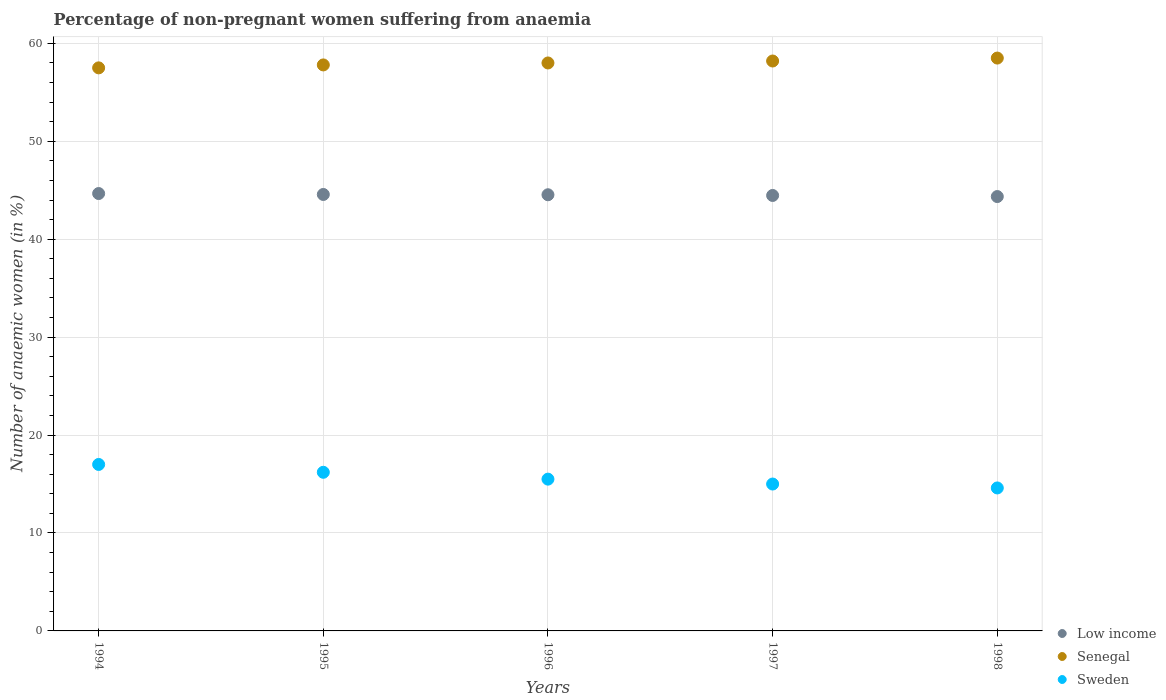
| Years | Low income | Senegal | Sweden |
 | --- | --- | --- | --- |
 | 1994 | 44.7 | 57.5 | 17 |
 | 1995 | 44.6 | 57.8 | 16.2 |
 | 1996 | 44.5 | 58 | 15.5 |
 | 1997 | 44.5 | 58.2 | 15 |
 | 1998 | 44.4 | 58.5 | 14.6 |